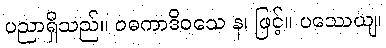
ပညာရှိသည်။ ဝဓကာဒိဝသေ န၊ ဖြင့်။ ပဿေယျ၊